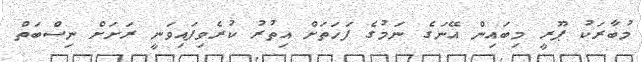
މުބާރަކު ޕޫރީ މިބައިން އޭނަގެ ނަމުގެ ފަހަތަށް އިތުރު ކުރެވިފައިވަނީ ރަށަށް ނިސްބަތް